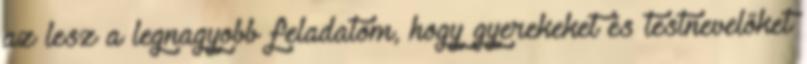
az lesz a legnagyobb feladatom, hogy gyerekeket és testnevelőket